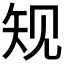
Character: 𰦔